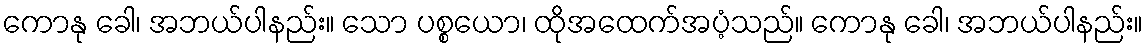
ကောနု ခေါ၊ အဘယ်ပါနည်း။ သော ပစ္စယော၊ ထိုအထေက်အပံ့သည်။ ကောနု ခေါ၊ အဘယ်ပါနည်း။